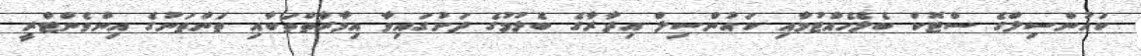
ކައުންސިލްގެ ސްޓޮކް ބެލެހެއްޓުމާއި ކައުންސިލް އިދާރާގެ ބެލުމުގެ ދަށުގައިވާ އިމާރާތްތަކާއި ތަންތަނުގެ އިންވެންޓްރީ